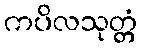
ကပိလသုတ္တံ